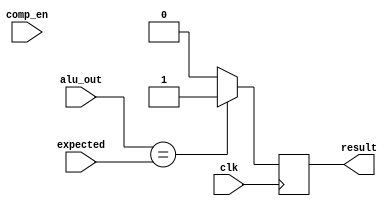
`timescale 1ns / 1ps
module comp_rtl(
		input wire comp_en,
		input wire [3:0] expected,
		input wire [3:0] alu_out,
		input wire clk,
		output reg result
    );
	 
	always@(posedge clk)
		if(alu_out == expected)
			result = 1'b1;	
		else
			result = 1'b0;
	
endmodule